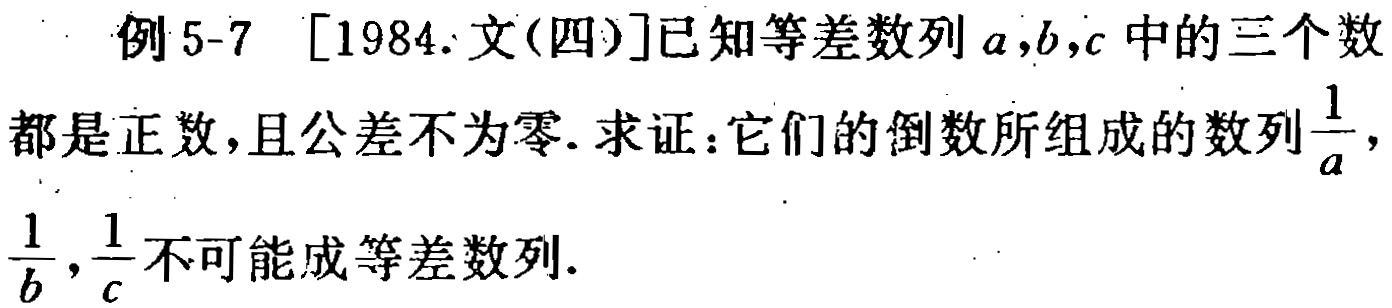
例 5-7 [1984.文(四)]已知等差数列\(a,b,c\)中的三个数都是正数，且公差不为零. 求证：它们的倒数所组成的数列\(\frac{1}{a}\)，\(\frac{1}{b}\)，\(\frac{1}{c}\)不可能成等差数列.